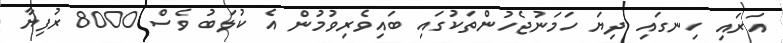
އަރައި ހިނގައި ދިޔަ ހަމަނުޖެހުންތަކުގައި ބައިވެރިވުމުން އެ ކުލަބު ވެސް 8000 ރުފިޔާ